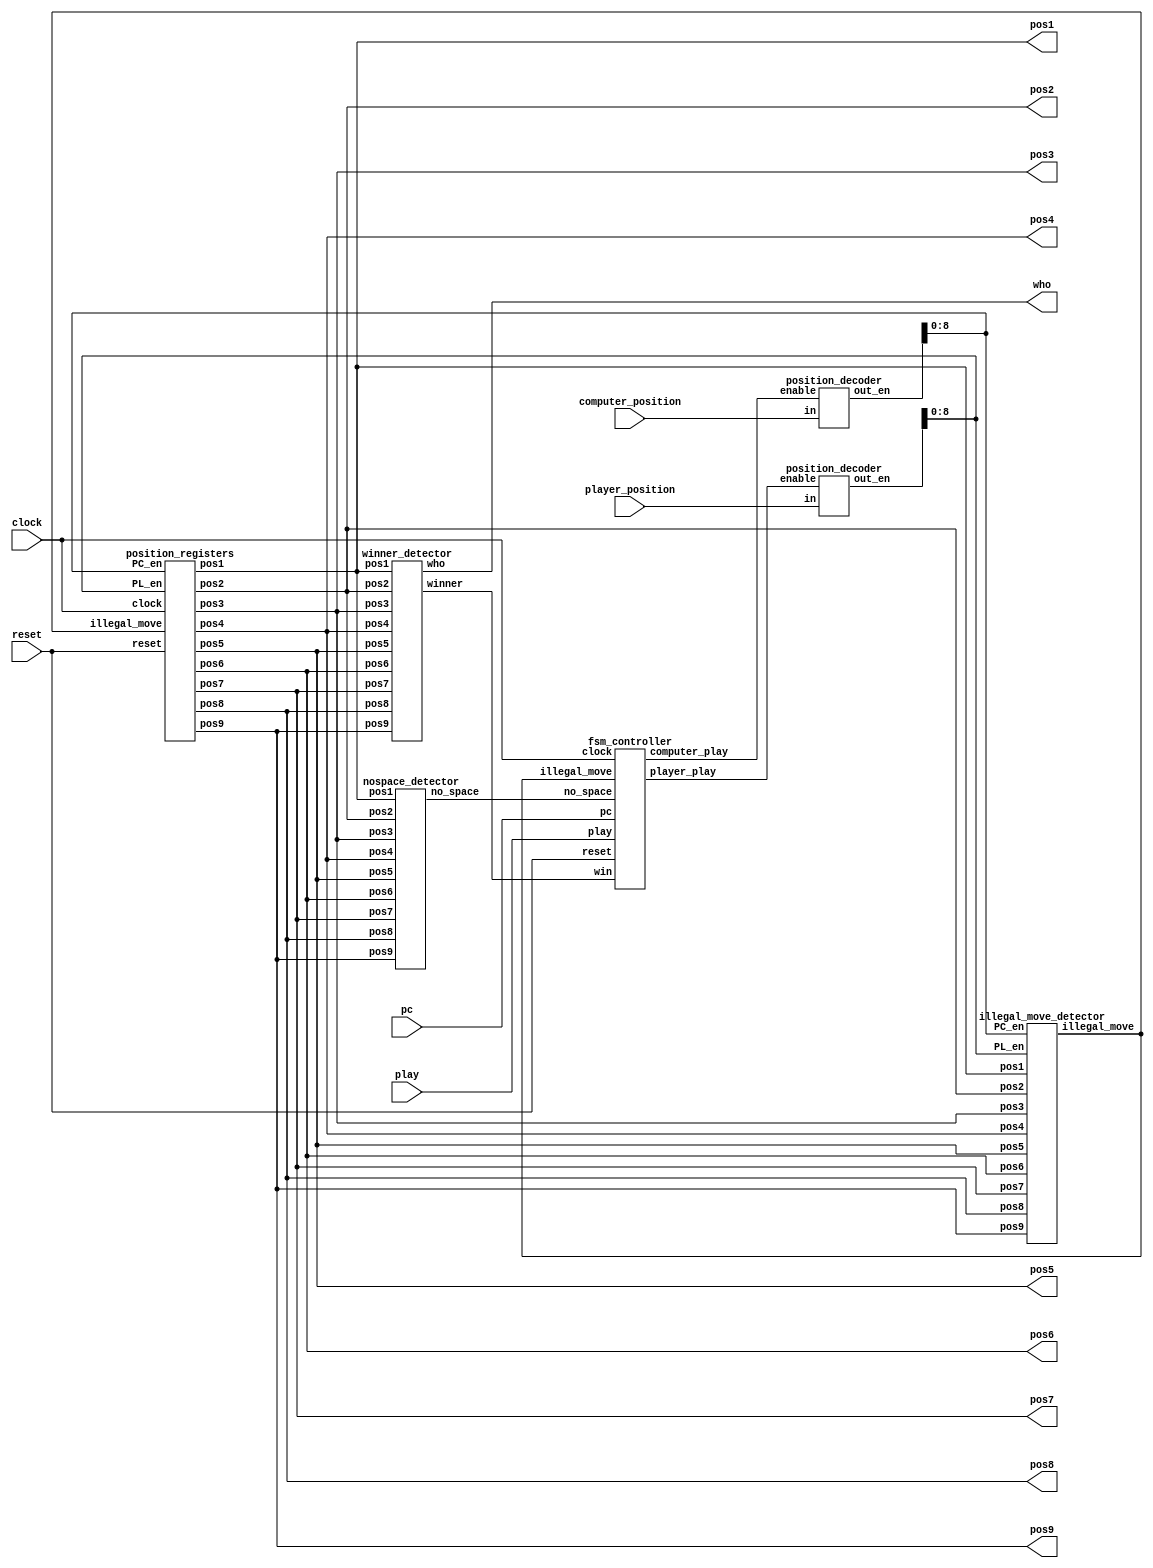
module tic_tac_toe_game( input clock,input reset,input play, input pc,input [3:0] computer_position,player_position, 
                         output wire [1:0] pos1,pos2,pos3,         // positions to play 
                             pos4,pos5,pos6,pos7,pos8,pos9,
                         output wire[1:0]who );                       // who the winner is 
 wire [15:0] PC_en;
 wire [15:0] PL_en; 
 wire illegal_move; 
 wire win;  
 wire computer_play;  
 wire player_play;  
 wire no_space; 
 position_registers position_reg_unit(clock,reset,illegal_move, 
                                      PC_en[8:0],
												  PL_en[8:0],
												  pos1,pos2,pos3,pos4,pos5,pos6,pos7,pos8,pos9  );              // positions stored
												 
 winner_detector win_detect_unit(pos1,pos2,pos3,pos4,pos5,pos6,pos7,pos8,pos9,win,who);              // winner detector 

 position_decoder pd1(computer_position,computer_play,PC_en);                                        // position decoder for computer 
 
 position_decoder pd2(player_position,player_play,PL_en);                                         // position decoder for player  
 illegal_move_detector imd_unit(pos1,pos2,pos3,pos4,pos5,pos6,pos7,pos8,pos9,                        // illegal move detector
  PC_en[8:0], PL_en[8:0], 
   illegal_move );
	
 // no space detector 
 nospace_detector nsd_unit(pos1,pos2,pos3,pos4,pos5,pos6,pos7,pos8,pos9, 
                          no_space); 
 fsm_controller tic_tac_toe_controller(
                clock,
                reset,
					 play, 
					 pc, 
					 illegal_move, 
					 no_space,  win,  computer_play,  player_play);    
endmodule 
// Position registers 
module position_registers(
      input clock,  
      input reset, 
      input illegal_move,  
      input [8:0] PC_en,  
      input [8:0] PL_en, 
      output reg[1:0] pos1,pos2,pos3,pos4,pos5,pos6,pos7,pos8,pos9);       // positions stored
   
 // Position 1 
 always @(posedge clock or posedge reset)
 begin
  if(reset) 
   pos1 <= 2'b00;
  else begin
   if(illegal_move==1'b1)
    pos1 <= pos1;             // keep previous position
   else if(PC_en[0]==1'b1)
    pos1 <= 2'b10;           // store computer data 
   else if (PL_en[0]==1'b1)
    pos1 <= 2'b01;            // store player data 
   else 
    pos1 <= pos1;             // keep previous position
  end 
 end 
 // Position 2 
 always @(posedge clock or posedge reset)
 begin
  if(reset) 
   pos2 <= 2'b00;
  else begin
   if(illegal_move==1'b1)
    pos2 <= pos2;            
   else if(PC_en[1]==1'b1)
    pos2 <= 2'b10;            
   else if (PL_en[1]==1'b1)
    pos2 <= 2'b01;              
   else 
    pos2 <= pos2;               
  end 
 end 
// Position 3 
 always @(posedge clock or posedge reset)
 begin
  if(reset) 
   pos3 <= 2'b00;
  else begin
   if(illegal_move==1'b1)
    pos3 <= pos3;
   else if(PC_en[2]==1'b1)
    pos3 <= 2'b10; 
   else if (PL_en[2]==1'b1)
    pos3 <= 2'b01;
   else 
    pos3 <= pos3;
  end 
 end  
 // Position 4 
 always @(posedge clock or posedge reset)
 begin
  if(reset) 
   pos4 <= 2'b00;
  else begin
   if(illegal_move==1'b1)
    pos4 <= pos4;
   else if(PC_en[3]==1'b1)
    pos4 <= 2'b10;  
   else if (PL_en[3]==1'b1)
    pos4 <= 2'b01;
   else 
    pos4 <= pos4;
  end 
 end 
 // Position 5 
 always @(posedge clock or posedge reset)
 begin
  if(reset) 
   pos5 <= 2'b00;
  else begin
   if(illegal_move==1'b1)
    pos5 <= pos5;
   else if(PC_en[4]==1'b1)
    pos5 <= 2'b10;  
   else if (PL_en[4]==1'b1)
    pos5 <= 2'b01;
   else 
    pos5 <= pos5;
  end 
 end 
 // Position 6 
 always @(posedge clock or posedge reset)
 begin
  if(reset) 
   pos6 <= 2'b00;
  else begin
   if(illegal_move==1'b1)
    pos6 <= pos6;
   else if(PC_en[5]==1'b1)
    pos6 <= 2'b10; 
   else if (PL_en[5]==1'b1)
    pos6 <= 2'b01;
   else 
    pos6 <= pos6;
  end 
 end 
 // Position 7 
 always @(posedge clock or posedge reset)
 begin
  if(reset) 
   pos7 <= 2'b00;
  else begin
   if(illegal_move==1'b1)
    pos7 <= pos7;
   else if(PC_en[6]==1'b1)
    pos7 <= 2'b10; 
   else if (PL_en[6]==1'b1)
    pos7 <= 2'b01;
   else 
    pos7 <= pos7;
  end 
 end 
 // Position 8 
 always @(posedge clock or posedge reset)
 begin
  if(reset) 
   pos8 <= 2'b00;
  else begin
   if(illegal_move==1'b1)
    pos8 <= pos8;
   else if(PC_en[7]==1'b1)
    pos8 <= 2'b10; 
   else if (PL_en[7]==1'b1)
    pos8 <= 2'b01;
   else 
    pos8 <= pos8;
  end 
 end 
 // Position 9 
 always @(posedge clock or posedge reset)
 begin
  if(reset) 
   pos9 <= 2'b00;
  else begin
   if(illegal_move==1'b1)
    pos9 <= pos9;
   else if(PC_en[8]==1'b1)
    pos9 <= 2'b10; 
   else if (PL_en[8]==1'b1)
    pos9 <= 2'b01;
   else 
    pos9 <= pos9;
  end 
 end  
endmodule 

module fsm_controller(input clock, input reset, play, pc, illegal_move,  no_space, win, 
     output reg computer_play,           // enable computer to play 
     player_play                           // enable player to play 
     );
// FSM States 
parameter IDLE=2'b00;
parameter PLAYER=2'b01;
parameter COMPUTER=2'b10;
parameter GAME_DONE=2'b11;
reg[1:0] current_state, next_state;
// current state registers 
always @(posedge clock or posedge reset) 
begin 
 if(reset)
  current_state <= IDLE;
 else 
  current_state <= next_state;
end 
 // next state 
always @(*)
 begin
 case(current_state)
 IDLE: begin 
  if(reset==1'b0 && play == 1'b1)
   next_state <= PLAYER;          // player to play 
  else 
   next_state <= IDLE;
  player_play <= 1'b0;
  computer_play <= 1'b0;
 end 
 PLAYER:begin 
  player_play <= 1'b1;
  computer_play <= 1'b0;
  if(illegal_move==1'b0)
   next_state <= COMPUTER;          // computer to play 
  else  
   next_state <= IDLE;
 end 
 COMPUTER:begin 
  player_play <= 1'b0;
  if(pc==1'b0) begin 
   next_state <= COMPUTER;
   computer_play <= 1'b0;
  end
  else if(win==1'b0 && no_space == 1'b0)
  begin 
   next_state <= IDLE;
   computer_play <= 1'b1;                // computer to play when PC=1
  end 
  else if(no_space == 1 || win ==1'b1)
  begin 
   next_state <= GAME_DONE;             // game done 
   computer_play <= 1'b1;           // computer to play when PC=1
  end  
 end 
 GAME_DONE:begin                 // game done
  player_play <= 1'b0;
  computer_play <= 1'b0; 
  if(reset==1'b1) 
   next_state <= IDLE;              // reset the game to IDLE 
  else 
   next_state <= GAME_DONE;  
 end 
 default: next_state <= IDLE; 
 endcase
 end
endmodule 
// NO SPACE detector

module nospace_detector(input [1:0] pos1,pos2,pos3,pos4,pos5,pos6,pos7,pos8,pos9,
                        output wire no_space);
wire temp1,temp2,temp3,temp4,temp5,temp6,temp7,temp8,temp9;
// detect no more space     
assign temp1 = pos1[1] | pos1[0];
assign temp2 = pos2[1] | pos2[0];
assign temp3 = pos3[1] | pos3[0];
assign temp4 = pos4[1] | pos4[0];
assign temp5 = pos5[1] | pos5[0];
assign temp6 = pos6[1] | pos6[0];
assign temp7 = pos7[1] | pos7[0];
assign temp8 = pos8[1] | pos8[0];
assign temp9 = pos9[1] | pos9[0];
// output
assign no_space =((((((((temp1 & temp2) & temp3) & temp4) & temp5) & temp6) & temp7) & temp8) & temp9);
endmodule 

// Illegal move detector

module illegal_move_detector(input [1:0] pos1,pos2,pos3,pos4,pos5,pos6,pos7,pos8,pos9, 
                             input [8:0] PC_en, PL_en, output wire illegal_move);
wire temp1,temp2,temp3,temp4,temp5,temp6,temp7,temp8,temp9;
wire temp11,temp12,temp13,temp14,temp15,temp16,temp17,temp18,temp19;
wire temp21,temp22;
// player : illegal moving    
assign temp1 = (pos1[1] | pos1[0]) & PL_en[0];
assign temp2 = (pos2[1] | pos2[0]) & PL_en[1];
assign temp3 = (pos3[1] | pos3[0]) & PL_en[2];
assign temp4 = (pos4[1] | pos4[0]) & PL_en[3];
assign temp5 = (pos5[1] | pos5[0]) & PL_en[4];
assign temp6 = (pos6[1] | pos6[0]) & PL_en[5];
assign temp7 = (pos7[1] | pos7[0]) & PL_en[6];
assign temp8 = (pos8[1] | pos8[0]) & PL_en[7];
assign temp9 = (pos9[1] | pos9[0]) & PL_en[8];
// computer : illegal moving  
assign temp11 = (pos1[1] | pos1[0]) & PC_en[0];
assign temp12 = (pos2[1] | pos2[0]) & PC_en[1];
assign temp13 = (pos3[1] | pos3[0]) & PC_en[2];
assign temp14 = (pos4[1] | pos4[0]) & PC_en[3];
assign temp15 = (pos5[1] | pos5[0]) & PC_en[4];
assign temp16 = (pos6[1] | pos6[0]) & PC_en[5];
assign temp17 = (pos7[1] | pos7[0]) & PC_en[6];
assign temp18 = (pos8[1] | pos8[0]) & PC_en[7];
assign temp19 = (pos9[1] | pos9[0]) & PC_en[8];
// intermediate signals 
assign temp21 =((((((((temp1 | temp2) | temp3) | temp4) | temp5) | temp6) | temp7) | temp8) | temp9);
assign temp22 =((((((((temp11 | temp12) | temp13) | temp14) | temp15) | temp16) | temp17) | temp18) | temp19);
// output illegal move 
assign illegal_move = temp21 | temp22 ;
endmodule 

module position_decoder(input[3:0] in, input enable, output wire [15:0] out_en);
 reg[15:0] temp1;
 assign out_en = (enable==1'b1)?temp1:16'd0;
 always @(*)
 begin
 case(in)
 4'd0: temp1 <= 16'b0000000000000001;
 4'd1: temp1 <= 16'b0000000000000010; 
 4'd2: temp1 <= 16'b0000000000000100;
 4'd3: temp1 <= 16'b0000000000001000;
 4'd4: temp1 <= 16'b0000000000010000;
 4'd5: temp1 <= 16'b0000000000100000;
 4'd6: temp1 <= 16'b0000000001000000;
 4'd7: temp1 <= 16'b0000000010000000;
 4'd8: temp1 <= 16'b0000000100000000;
 4'd9: temp1 <= 16'b0000001000000000;
 4'd10: temp1 <= 16'b0000010000000000;
 4'd11: temp1 <= 16'b0000100000000000;
 4'd12: temp1 <= 16'b0001000000000000;
 4'd13: temp1 <= 16'b0010000000000000;
 4'd14: temp1 <= 16'b0100000000000000;
 4'd15: temp1 <= 16'b1000000000000000;
 default: temp1 <= 16'b0000000000000001; 
 endcase 
end 
endmodule 

module winner_detector(input [1:0] pos1,pos2,pos3,pos4,pos5,pos6,pos7,pos8,pos9, output wire winner, output wire [1:0]who);
wire win1,win2,win3,win4,win5,win6,win7,win8;
wire [1:0] who1,who2,who3,who4,who5,who6,who7,who8;
winner_detect_3 u1(pos1,pos2,pos3,win1,who1);// (1,2,3);
winner_detect_3 u2(pos4,pos5,pos6,win2,who2);// (4,5,6);
winner_detect_3 u3(pos7,pos8,pos9,win3,who3);// (7,8,9);
winner_detect_3 u4(pos1,pos4,pos7,win4,who4);// (1,4,7);
winner_detect_3 u5(pos2,pos5,pos8,win5,who5);// (2,5,8);
winner_detect_3 u6(pos3,pos6,pos9,win6,who6);// (3,6,9);
winner_detect_3 u7(pos1,pos5,pos9,win7,who7);// (1,5,9);
winner_detect_3 u8(pos3,pos5,pos6,win8,who8);// (3,5,7);
assign winner = (((((((win1 | win2) | win3) | win4) | win5) | win6) | win7) | win8);
assign who = (((((((who1 | who2) | who3) | who4) | who5) | who6) | who7) | who8);
endmodule 

module winner_detect_3(input [1:0] pos0,pos1,pos2, output wire winner, output wire [1:0]who);
wire [1:0] temp0,temp1,temp2;
wire temp3;
assign temp0[1] = !(pos0[1]^pos1[1]);
assign temp0[0] = !(pos0[0]^pos1[0]);
assign temp1[1] = !(pos2[1]^pos1[1]);
assign temp1[0] = !(pos2[0]^pos1[0]);
assign temp2[1] = temp0[1] & temp1[1];
assign temp2[0] = temp0[0] & temp1[0];
assign temp3 = pos0[1] | pos0[0];
// winner if 3 positions are similar and should be 01 or 10 
assign winner = temp3 & temp2[1] & temp2[0];
// determine who the winner is 
assign who[1] = winner & pos0[1];
assign who[0] = winner & pos0[0];
endmodule